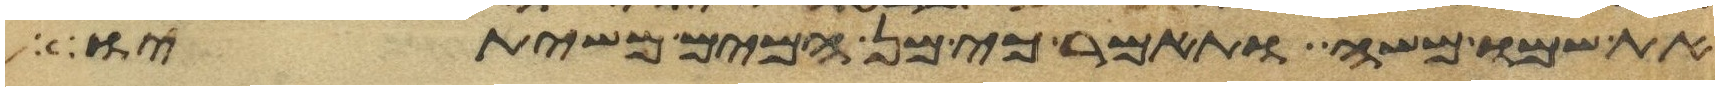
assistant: את שמו משה ותאמר כי מן המים משיתיו